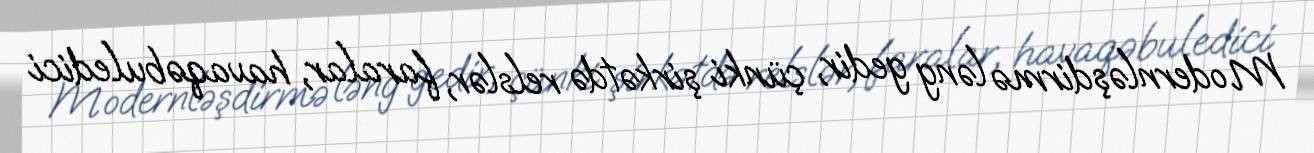
Modernləşdirmə ləng gedir, çünki şirkətdə relslər, faralar, havaqəbuledici